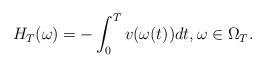
LaTeX: \begin{align*}H_T(\omega)=-\int_0^T v(\omega(t))dt,\omega\in \Omega_T. \end{align*}